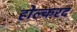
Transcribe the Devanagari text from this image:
होल्करद